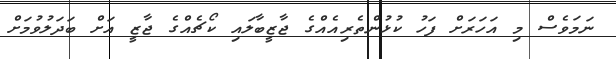
ނަމަވެސް މި އަހަރަށް ފަހު ކުޅުންތެރިއެއްގެ ޖާޒީބާލައި ކޯޗެއްގެ ޖާޒީ އަށް ބަދަލުވުމަށް